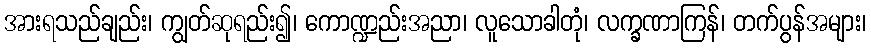
အားရသည်ချည်း၊ ကျွတ်ဆုရည်း၍၊ ကောဏ္ဍည်းအညာ၊ လူသောခါတုံ၊ လက္ခဏာကြန်၊ တက်ပွန်အများ၊